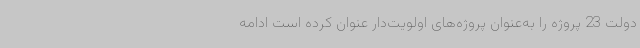
دولت 23 پروژه را به‌عنوان پروژه‌های اولویت‌دار عنوان کرده است ادامه